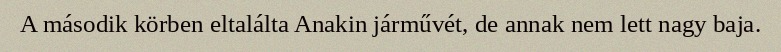
A második körben eltalálta Anakin járművét, de annak nem lett nagy baja.